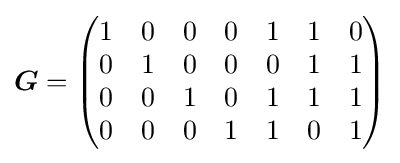
{\boldsymbol {G}}={\begin{pmatrix}1&0&0&0&1&1&0\\0&1&0&0&0&1&1\\0&0&1&0&1&1&1\\0&0&0&1&1&0&1\end{pmatrix}}